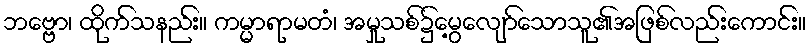
ဘဗ္ဗော၊ ထိုက်သနည်း။ ကမ္မာရာမတံ၊ အမှုသစ်၌မွေ့လျော်သောသူ၏အဖြစ်လည်းကောင်း။